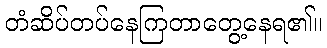
တံဆိပ်တပ်နေကြတာတွေ့နေရ၏။